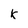
Character: k